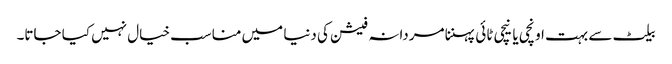
بیلٹ سے بہت اونچی یا نیچی ٹائی پہننا مردانہ فیشن کی دنیا میں مناسب خیال نہیں کیا جاتا۔